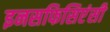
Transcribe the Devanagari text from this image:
इनसफिसिएंसी